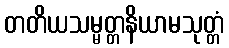
တတိယသမ္မတ္တနိယာမသုတ္တံ